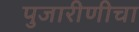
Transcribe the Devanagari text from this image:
पुजारीणीचा